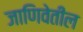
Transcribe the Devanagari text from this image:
जाणिवेतील